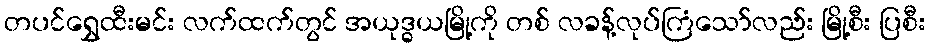
တပင်ရွှေထီးမင်း လက်ထက်တွင် အယုဒ္ဓယမြို့ကို တစ် လခန့်လုပ်ကြံသော်လည်း မြို့စီး ပြစီး